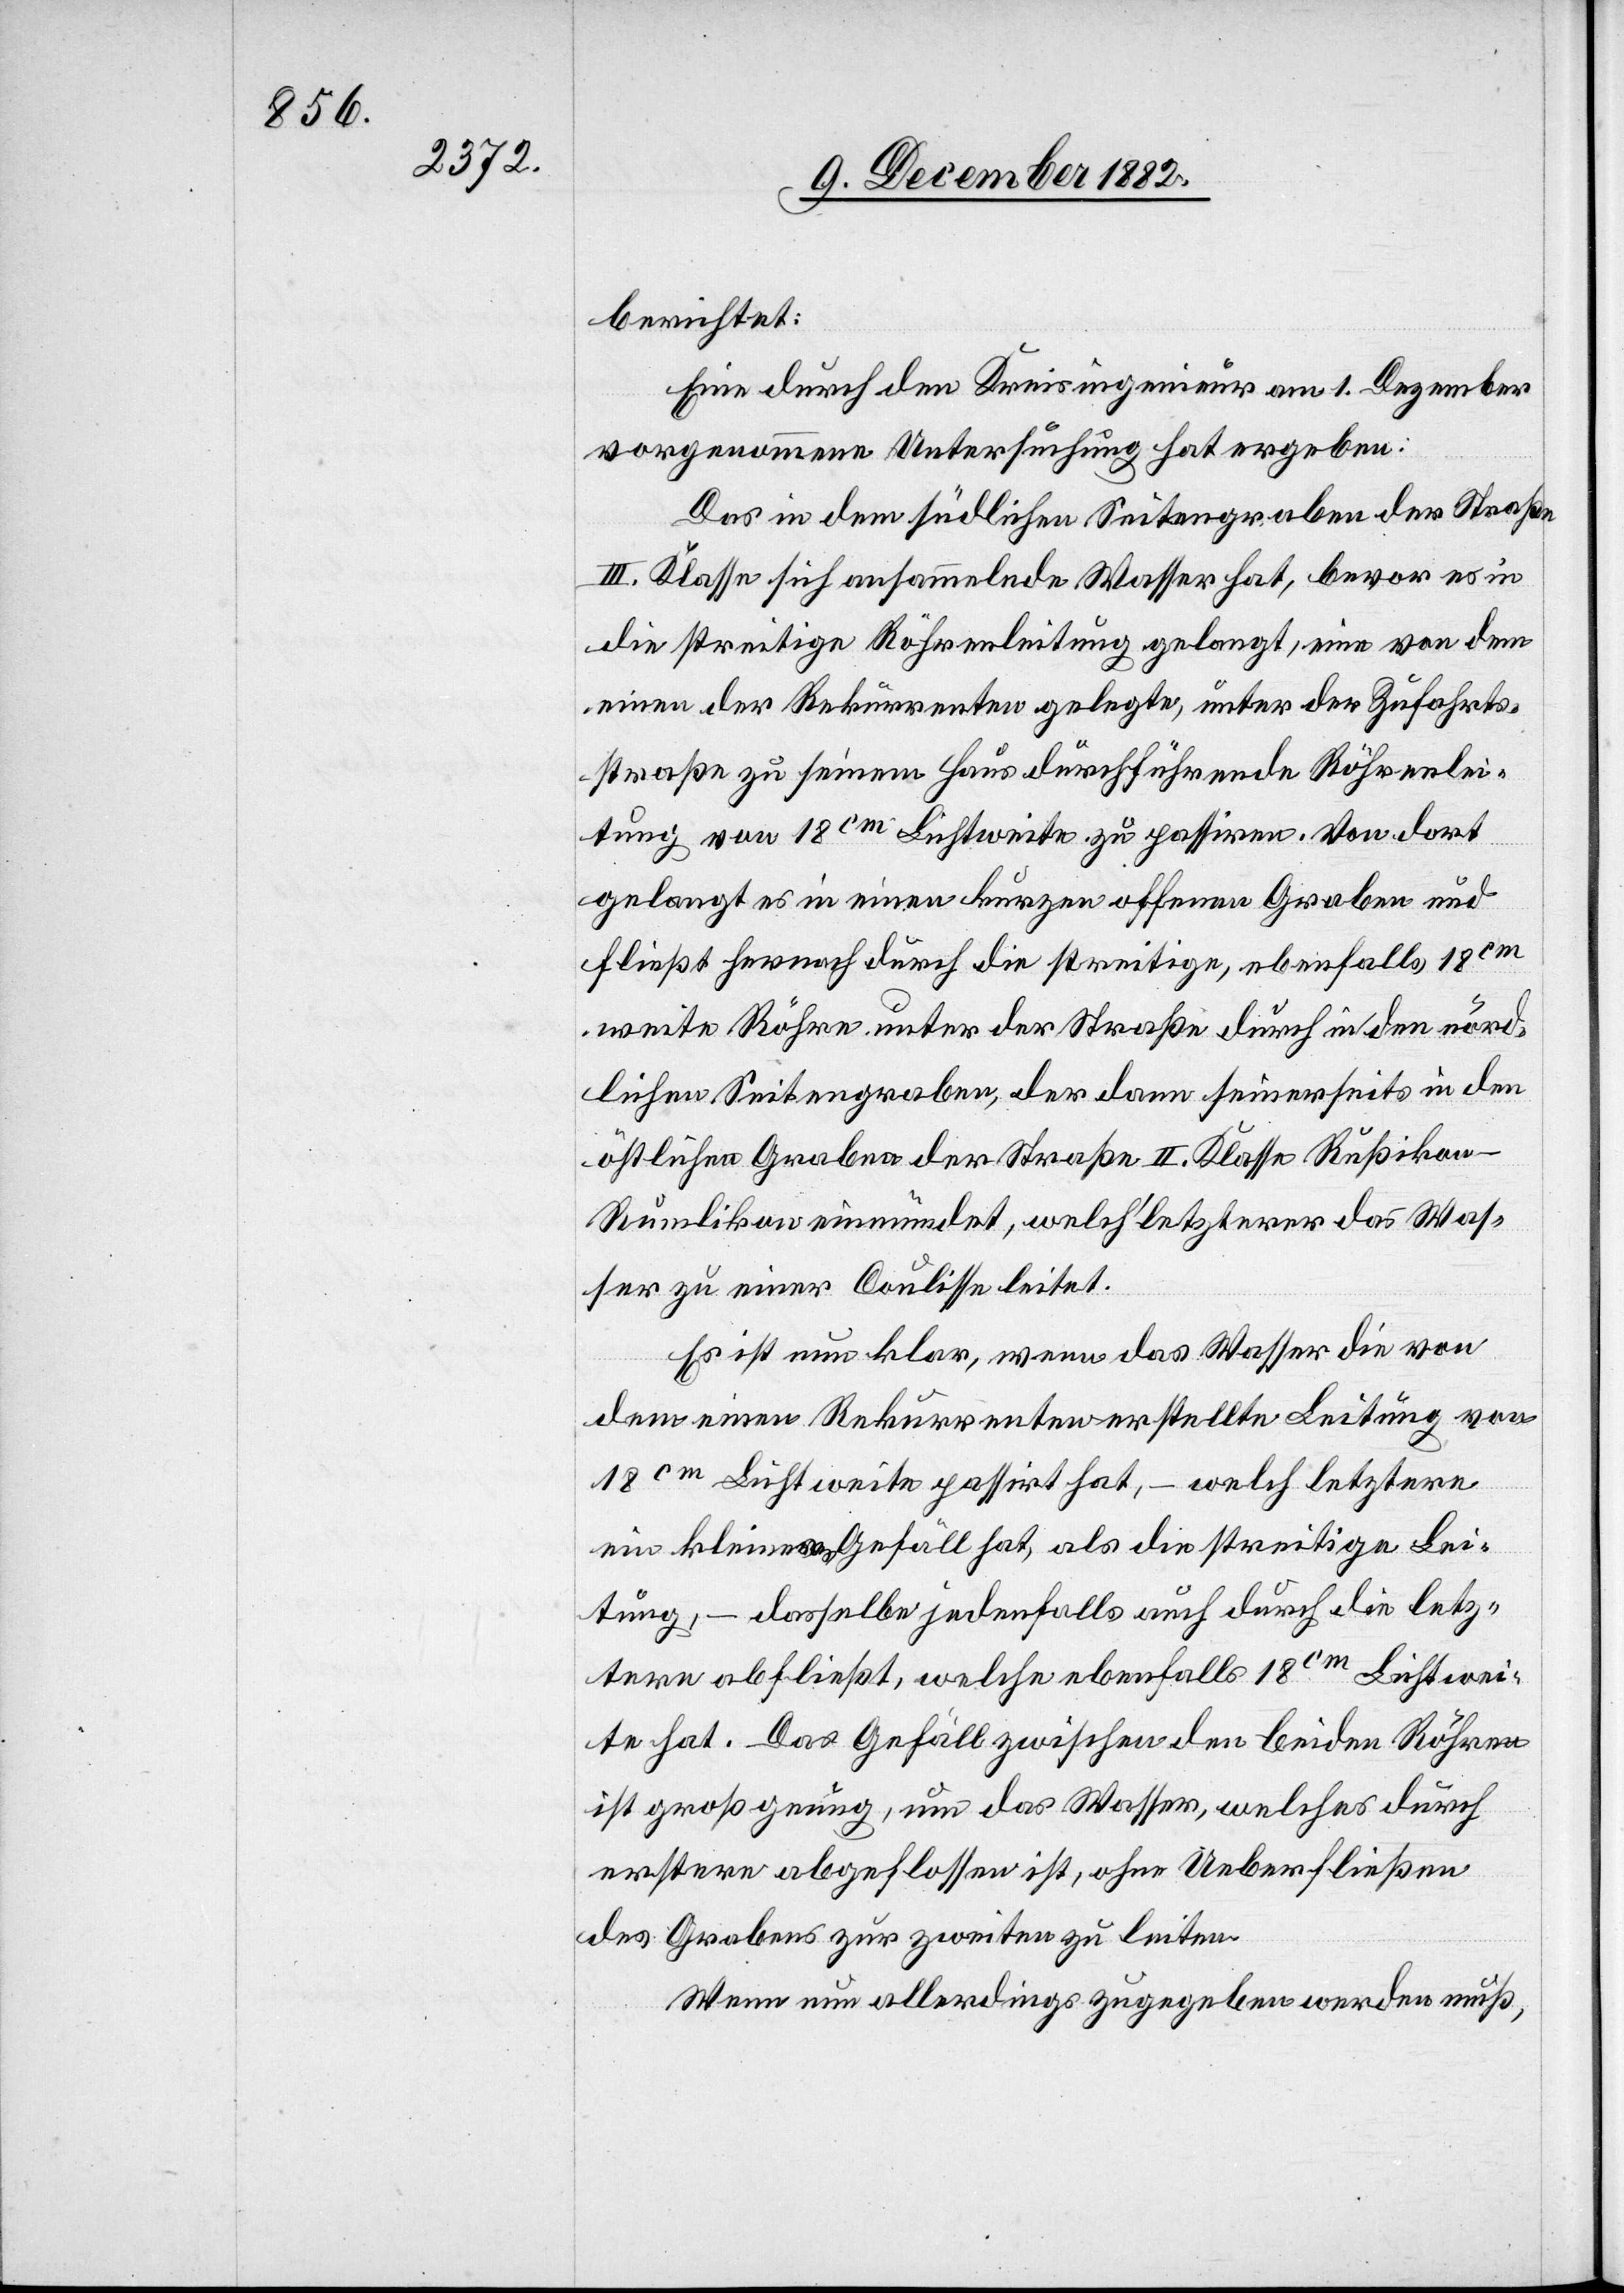
berichtet:
Eine durch den Kreisingenieur am 1. Dezember
vorgenommene Untersuchung hat ergeben:
Das in dem südlichen Seitengraben der Straße
III. Klasse sich ansammelnde Wasser hat, bevor es in
die streitige Röhrenleitung gelangt, eine von dem
einen der Rekurrenten gelegte, unter der Zufahrts¬
straße zu seinem Haus durchführende Röhrenlei¬
tung von 18cm Lichtweite zu passiren. Von dort
gelangt es in einen kurzen offenen Graben und
fließt hernach durch die streitige, ebenfalls 18cm
weite Röhre unter der Straße durch in den nörd¬
lichen Seitengraben, der dann seinerseits in den
östlichen Graben der Straße II. Klasse Rußikon–R¬
umlikon einmündet, welch’ letzterer das Was¬
ser zu einer Coulisse leitet.
Es ist nun klar, wenn das Wasser die von
dem einen Rekurrenten erstellte Leitung von
18cm Lichtweite passirt hat, – welch letztere
ein kleineres Gefäll hat, als die streitige Lei¬
tung, – dasselbe jedenfalls auch durch die letz¬
tere abfließt, welche ebenfalls 18cm Lichtwei¬
te hat. Das Gefäll zwischen den beiden Röhren
ist groß genug, um das Wasser, welches durch
erstere abgeflossen ist, ohne Ueberfließen
des Grabens zur zweiten zu leiten.
Wenn nun allerdings zugegeben werden muß,